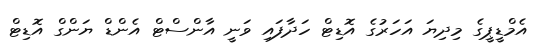
އެމްޑީޕީގެ މިދިޔަ އަހަރުގެ އޮޑިޓް ހަދާފައި ވަނީ އާންސްޓް އެންޑް ޔަންގް އޮޑިޓް